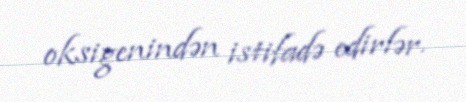
oksigenindən istifadə edirlər.